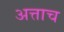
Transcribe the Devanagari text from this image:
अत्ताच